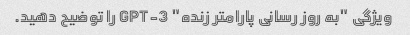
ویژگی "به روز رسانی پارامتر زنده" GPT-3 را توضیح دهید.